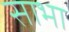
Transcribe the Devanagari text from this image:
साभा